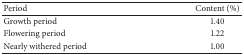
| Period | Content (%) |
 | --- | --- |
 | Growth period | 1.40 |
 | Flowering period | 1.22 |
 | Nearly withered period | 1.00 |